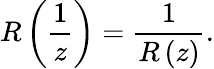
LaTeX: R\left(\frac{1}{z}\right)=\frac{1}{R\left(z\right)}.